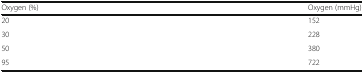
<table><thead><tr><td><b>Oxygen (%)</b></td><td><b>Oxygen (mmHg)</b></td></tr></thead><tbody><tr><td>20</td><td>152</td></tr><tr><td>30</td><td>228</td></tr><tr><td>50</td><td>380</td></tr><tr><td>95</td><td>722</td></tr></tbody></table>